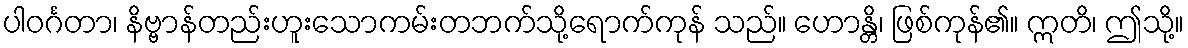
ပါဝင်္ဂတာ၊ နိဗ္ဗာန်တည်းဟူးသောကမ်းတဘက်သို့ရောက်ကုန် သည်။ ဟောန္တိ၊ ဖြစ်ကုန်၏။ ဣတိ၊ ဤသို့။